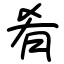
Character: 肴